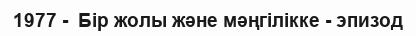
1977 -  Бір жолы және мәңгілікке - эпизод